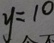
y = 1 0